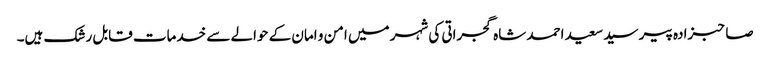
صاحبزادہ پیر سید سعید احمد شاہ گجراتی کی شہر میں امن و امان کے حوالے سے خدمات قابل رشک ہیں۔